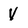
Character: V